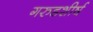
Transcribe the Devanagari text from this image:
गरुडशीर्ष